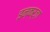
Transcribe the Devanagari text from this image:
इन्कर्ज़ा